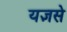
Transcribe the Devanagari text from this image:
यज्ञसे